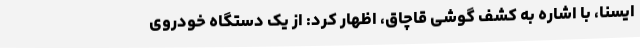
ایسنا، با اشاره به کشف گوشی قاچاق، اظهار کرد: از یک دستگاه خودروی